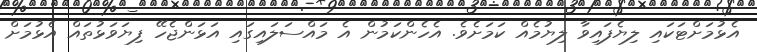
އެޅުމަށްޓަކައި ލިޔެފައިވާ ލިޔުމެއް ކަމަށެވެ. އެހެންކަމުން އެ މައްސަލައިގައި އަޅަންޖެހޭ ފިޔަވަޅުތައް އެޅުމަށް